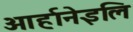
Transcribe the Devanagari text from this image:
ओर्हानेइलि